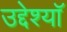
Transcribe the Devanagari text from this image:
उद्देश्यॉ